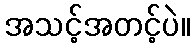
အသင့်အတင့်ပဲ။